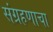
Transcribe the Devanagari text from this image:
संग्रहणाचा